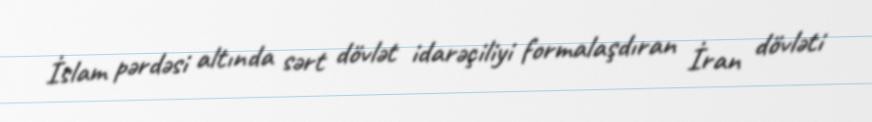
İslam pərdəsi altında sərt dövlət idarəçiliyi formalaşdıran İran dövləti